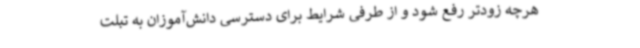
هرچه زودتر رفع شود و از طرفی شرایط برای دسترسی دانش‌آموزان به تبلت